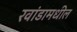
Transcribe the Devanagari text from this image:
रवांडामधील